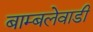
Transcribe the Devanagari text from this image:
बाम्बलेवाडी